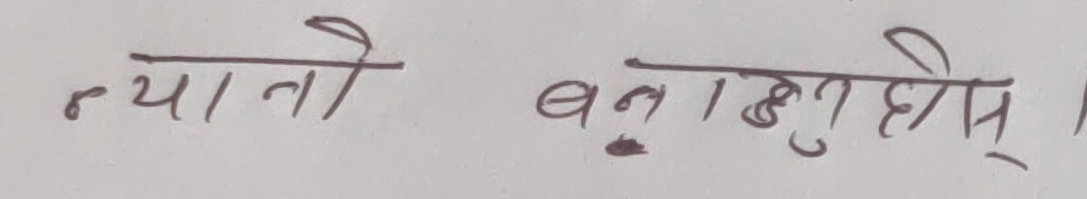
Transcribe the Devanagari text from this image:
न्यानो बनाउनुहोस्